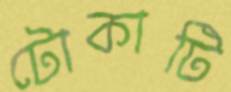
টোকাটি